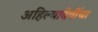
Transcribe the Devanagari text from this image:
अहिल्यादेवींचा